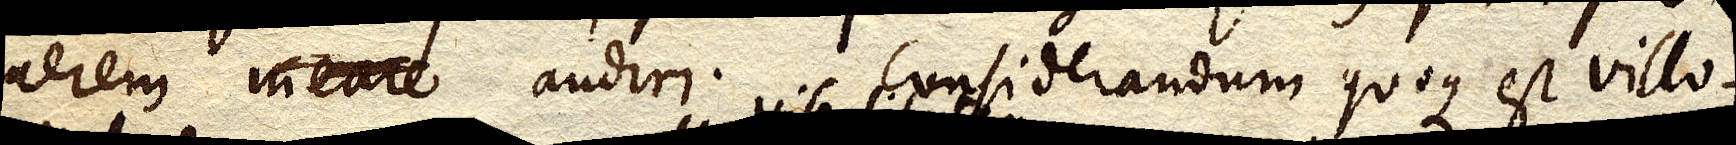
aerem meare audiri. Considerandum quoque est villo–